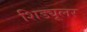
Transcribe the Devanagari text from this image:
शिड्यूलर